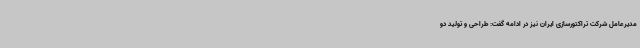
مدیرعامل شرکت تراکتورسازی ایران نیز در ادامه گفت: طراحی و تولید دو